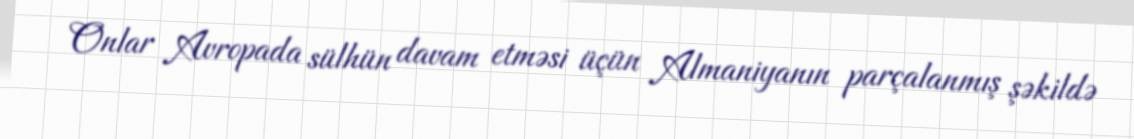
Onlar Avropada sülhün davam etməsi üçün Almaniyanın parçalanmış şəkildə